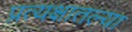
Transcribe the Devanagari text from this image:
प्रत्यक्षातल्या